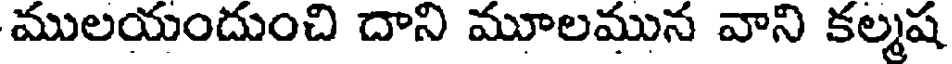
ములయందుంచి దాని మూలమున వాని కల్మష